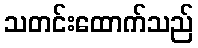
သတင်းထောက်သည်